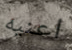
اعنيه